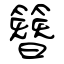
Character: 簪